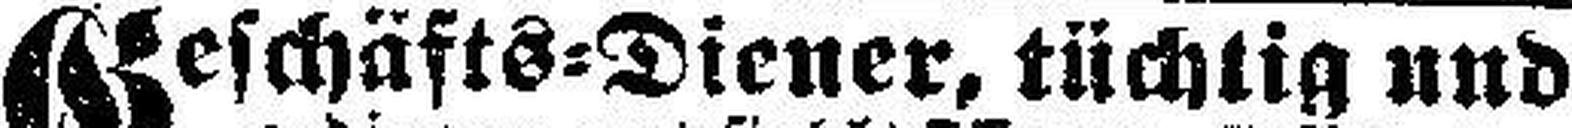
Geschäfts=Diener, tüchtig und